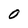
Character: O